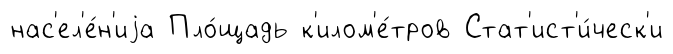
нас'ел'е́н'иjа Пло́щадь к'илом'е́тров Стат'ист'и́ческ'и